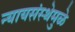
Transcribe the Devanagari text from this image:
न्यायसंस्थेमुळे